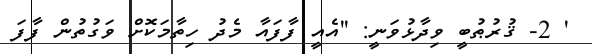
' 2- ޤުރުޠުބީ ވިދާޅުވަނީ: ''އެއީ ފާފައާ މެދު ހިތާމަކޮށް ވަގުތުން ފާފަ